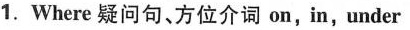
1.Where 疑问句、方位介词 on,in,under